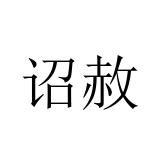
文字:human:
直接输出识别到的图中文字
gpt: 诏赦